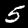
Digit: 5